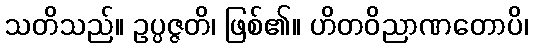
သတိသည်။ ဥပ္ပဇ္ဇတိ၊ ဖြစ်၏။ ဟိတဝိညာဏတောပိ၊